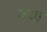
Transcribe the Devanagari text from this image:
वचा